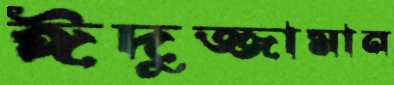
ঈদুজ্জামান